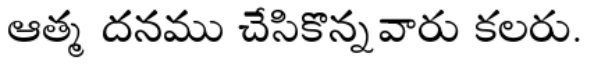
ఆత్మ దనము చేసికొన్నవారు కలరు.